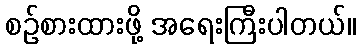
စဉ်စားထားဖို့ အရေးကြီးပါတယ်။